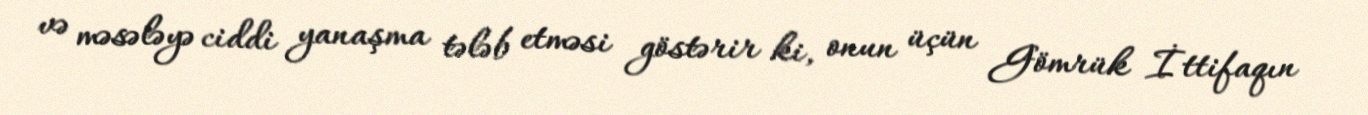
və məsələyə ciddi yanaşma tələb etməsi göstərir ki, onun üçün Gömrük İttifaqın